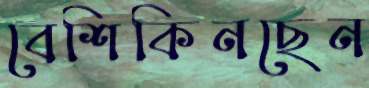
বেশিকিনছেন